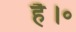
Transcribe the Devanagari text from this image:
है।॰